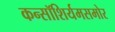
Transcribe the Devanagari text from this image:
कन्सॉशिर्यमसमोर